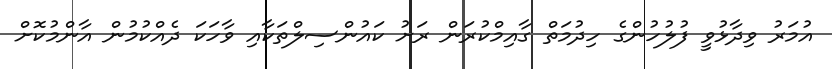
އުމަރު ވިދާޅުވީ ފުލުހުންގެ ހިދުމަތް ގާއިމްކުރަން ރަށު ކައުންސިލްތަކާއި ވާހަކަ ދެއްކުމުން އާންމުކޮށް